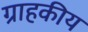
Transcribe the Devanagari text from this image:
ग्राहकीय